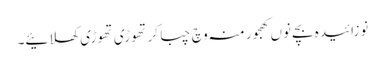
نوزائیدہ بچے نو‏‏ں کھجور منہ وچ چبا کر تھوڑی تھوڑی کھلائیے۔